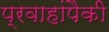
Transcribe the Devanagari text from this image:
प्रवाहांपैकी